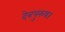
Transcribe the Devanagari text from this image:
देवपुरुष।